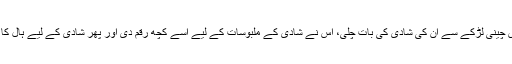
مہک کا کہنا تھا کہ جس چینی لڑکے سے اُن کی شادی کی بات چلی، اُس نے شادی کے ملبوسات کے لیے اسے کچھ رقم دی اور پھر شادی کے لیے ہال کا انتطام بھی اسی نے کیا۔